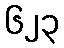
၆၂၃